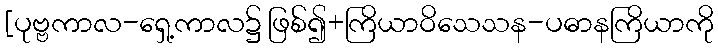
[ပုဗ္ဗကာလ-ရှေ့ကာလ၌ ဖြစ်၍+ကြိယာဝိသေသန-ပဓာနကြိယာကို